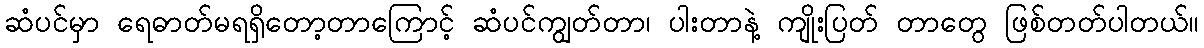
ဆံပင်မှာ ရေဓာတ်မရရှိတော့တာကြောင့် ဆံပင်ကျွတ်တာ၊ ပါးတာနဲ့ ကျိုးပြတ် တာတွေ ဖြစ်တတ်ပါတယ်။